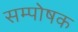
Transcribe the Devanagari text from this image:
सम्पोषक